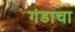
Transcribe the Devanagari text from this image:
गंडाचा